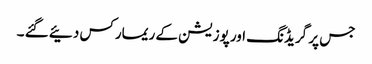
جس پر گریڈنگ اور پوزیشن کے ریمارکس دئیے گئے ۔